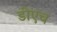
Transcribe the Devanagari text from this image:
डीएच